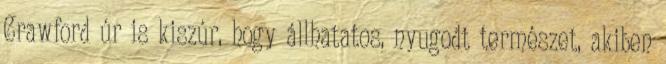
Crawford úr is kiszúr, hogy állhatatos, nyugodt természet, akiben